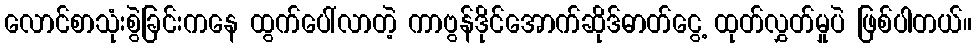
လောင်စာသုံးစွဲခြင်းကနေ ထွက်ပေါ်လာတဲ့ ကာဗွန်ဒိုင်အောက်ဆိုဒ်ဓာတ်ငွေ့ ထုတ်လွှတ်မှုပဲ ဖြစ်ပါတယ်။